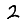
Digit: 2